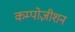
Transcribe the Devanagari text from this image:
कम्पोज़ीशन